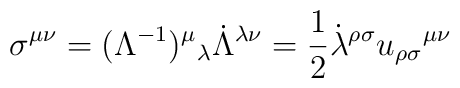
\sigma ^{\mu \nu}=(\Lambda ^{-1})^{\mu}\hspace{0.1 mm}_{\lambda }\dot{\Lambda }^{\lambda \nu}=\frac{1}{2}\dot{\lambda }^{\rho \sigma}u_{\rho \sigma }\hspace{0.1 mm}^{\mu \nu }